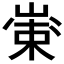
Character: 𱛺